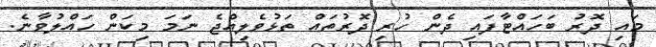
މައި ދޮރު ބަހައްޓާފައި ދެން ހުރި ދޮރުތައް ތަޅުވެލިއްޖެ ނަމަ މިކަން ހައްލުވާނެ.